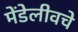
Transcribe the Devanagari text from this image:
मेंडेलीवचे